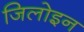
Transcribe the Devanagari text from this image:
जिलोइन